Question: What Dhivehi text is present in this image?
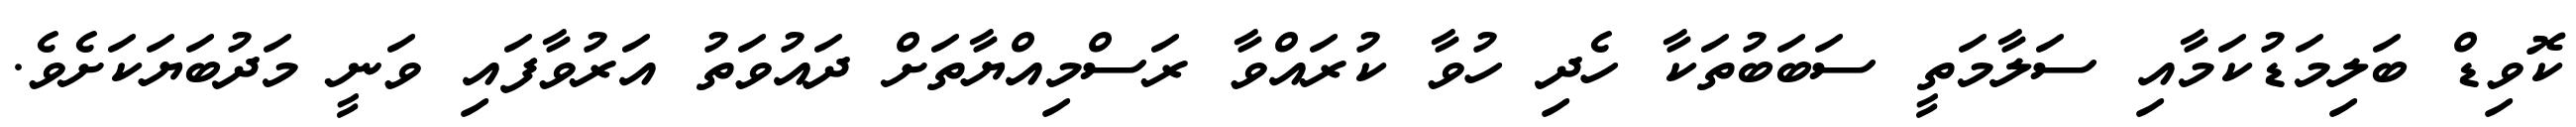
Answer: ކޮވިޑް ބަލިމަޑުކަމާއި ސަލާމަތީ ސަބަބުތަކާ ހެދި ހުވާ ކުރައްވާ ރަސްމިއްޔާތަށް ދައުވަތު އަރުވާފައި ވަނީ މަދުބަޔަކަށެވެ.